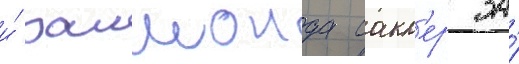
и́ раимонда сакл'ер за́